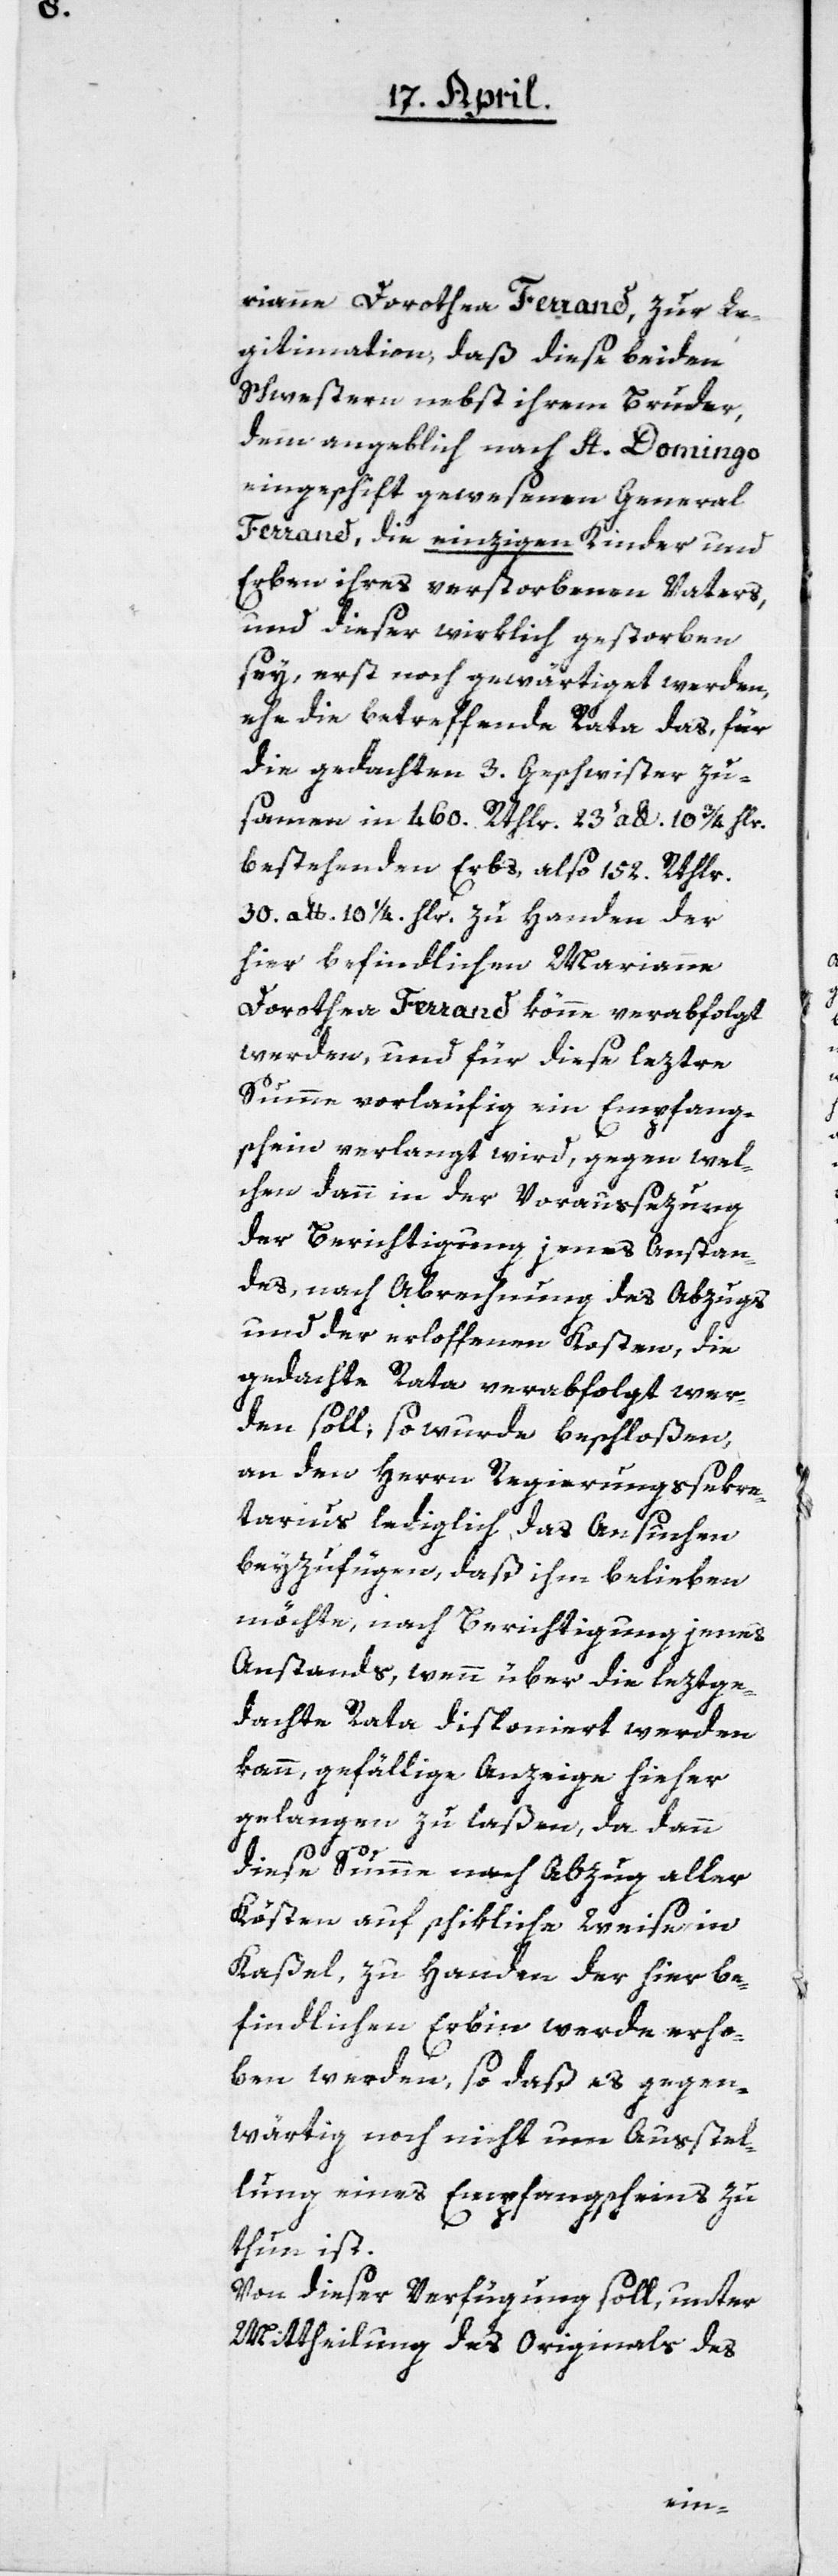
rianne Dorothea Ferrand, zur Le¬
gitimation, daß diese beiden
Schwestern nebst ihrem Bruder,
dem angeblich nach St. Domingo
eingeschift gewesenen General
Ferrand, die einzigen Kinder und
Erben ihres verstorbenen Vaters,
und dieser wirklich gestorben
sey, erst noch gewärtiget werden,
ehe die betreffende Rata das, für
die gedachten 3. Geschwister zu¬
samen in 460. Rthlr. 23 a. Pfund 10 ¾ Hlr.
bestehenden Erbs, also 152 Rthlr.
30 a. Pfund 10 1/4 Hlr. zu Handen der
hier befindlichen Marianne
Dorothea Ferrand könne verabfolgt
werden, und für diese leztre
Summe vorläufig ein Empfang¬
schein verlangt wird, gegen wel¬
chen dann in der Voraußezung
der Berichtigung jenes Anstan¬
des, nach Abrechnung des Abzugs
und der erloffenen Kosten, die
gedachte Rata verabfolgt wer¬
den soll; so wurde beschloßen,
an den Herrn Regierungssekre¬
tarius lediglich das Ansuchen
beyzufügen, daß ihm belieben
möchte, nach Berichtigung jenes
Anstands, wenn über die leztge¬
dachte Rata disponiert werden
kann, gefällige Anzeige hieher
gelangen zu laßen, da dann
diese Summe nach Abzug aller
Kösten auf schikliche Weise in
Kaßel, zu Handen der hier be¬
findlichen Erbin werde erho¬
ben werden, so daß es gegen¬
wärtig noch nicht um Ausstel¬
lung eines Empfangsscheins zu
thun ist.
Von dieser Verfügung soll, unter
Mittheilung des Originals des